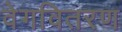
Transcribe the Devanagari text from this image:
वेगवितरण